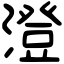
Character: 澄